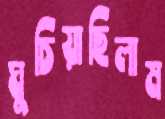
ঘুচিয়াছিলাম